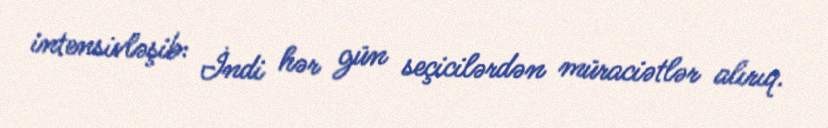
intensivləşib: İndi hər gün seçicilərdən müraciətlər alırıq.